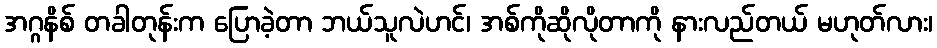
အဂ္ဂနိစ် တခါတုန်းက ပြောခဲ့တာ ဘယ်သူလဲဟင်၊ အစ်ကိုဆိုလိုတာကို နားလည်တယ် မဟုတ်လား၊